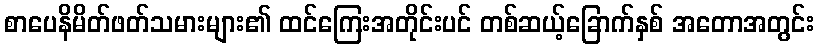
စာပေနိမိတ်ဖတ်သမားများ၏ ထင်ကြေးအတိုင်းပင် တစ်ဆယ့်ခြောက်နှစ် အတောအတွင်း